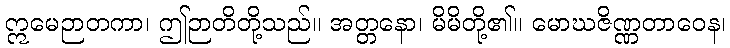
ဣမေဉာတကာ၊ ဤဉာတိတို့သည်။ အတ္တနော၊ မိမိတို့၏။ မောဃဇိဏ္ဏတာဝေန၊